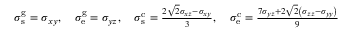
\begin{array} { r } { \sigma _ { \mathrm { s } } ^ { \mathrm { g } } = \sigma _ { x y } , \quad \sigma _ { \mathrm { e } } ^ { \mathrm { g } } = \sigma _ { y z } , \quad \sigma _ { \mathrm { s } } ^ { \mathrm { c } } = \frac { 2 \sqrt { 2 } \sigma _ { x z } - \sigma _ { x y } } { 3 } , \quad \sigma _ { \mathrm { e } } ^ { \mathrm { c } } = \frac { 7 \sigma _ { y z } + 2 \sqrt { 2 } \left( \sigma _ { z z } - \sigma _ { y y } \right) } { 9 } } \end{array}